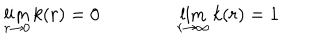
\lim _ { r \rightarrow 0 } k ( r ) = 0 \qquad \qquad \lim _ { r \rightarrow \infty } k ( r ) = 1